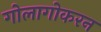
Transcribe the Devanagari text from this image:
गोलागोकरन